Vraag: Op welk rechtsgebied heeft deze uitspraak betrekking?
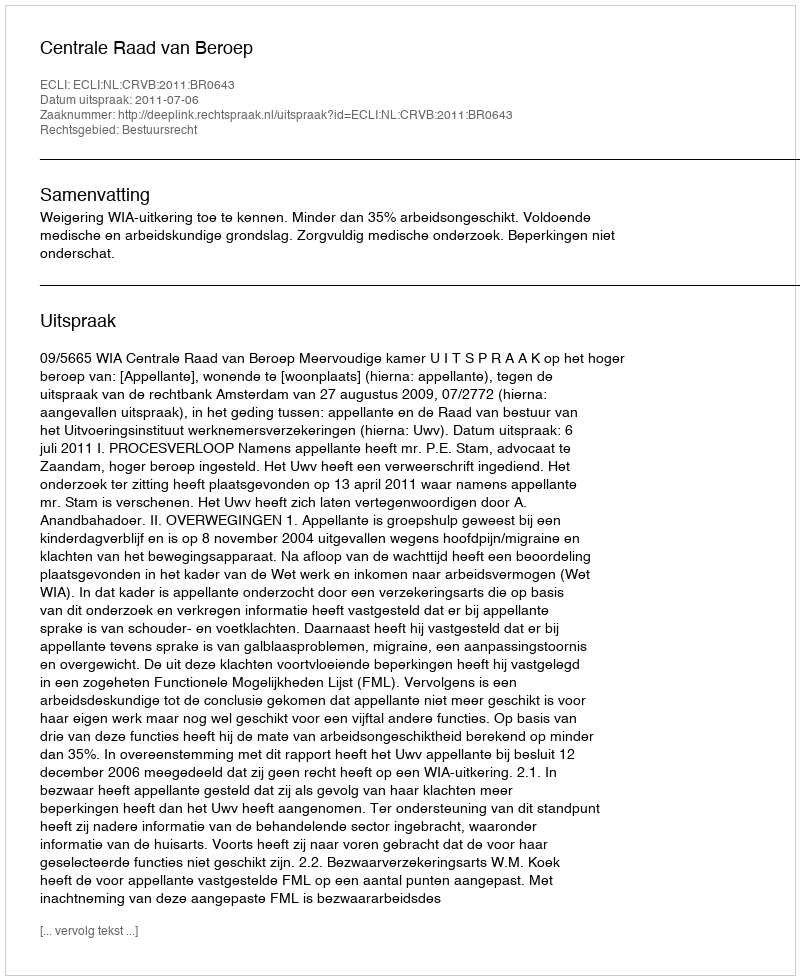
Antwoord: Bestuursrecht